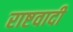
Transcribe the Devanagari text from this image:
राष्टवादी